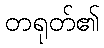
တရုတ်၏